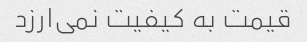
قیمت به کیفیت نمی‌ارزد